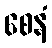
စေနံ